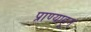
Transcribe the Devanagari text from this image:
प्राण्याहून